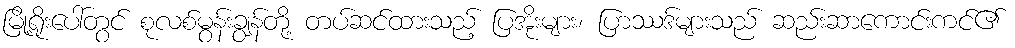
မြို့ရိုးပေါ်တွင် စုလစ်မွန်းချွန်တို့ တပ်ဆင်ထားသည့် ပြအိုးများ၊ ပြာဿဒ်များသည် ဆည်းဆာကောင်းကင်၏